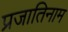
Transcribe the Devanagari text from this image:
प्रजातिनाम